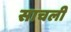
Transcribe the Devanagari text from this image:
साचली